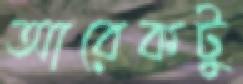
আরেকটু